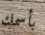
بأسمك